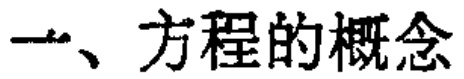
一、方程的概念